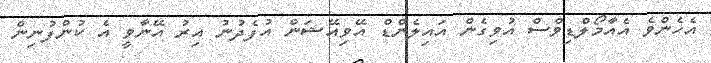
އެހެންވެ އެއާމޯލްޑިވްސް އުވިގެން އައިލެންޑް އޭވިއޭޝަން އުފެދުނު އިރު އޭނާވީ އެ ކުންފުނިން